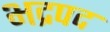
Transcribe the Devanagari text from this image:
भद्रपद